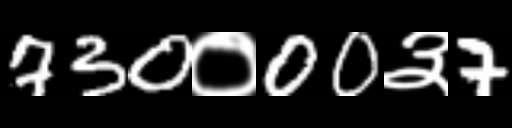
Text: 730०00३7